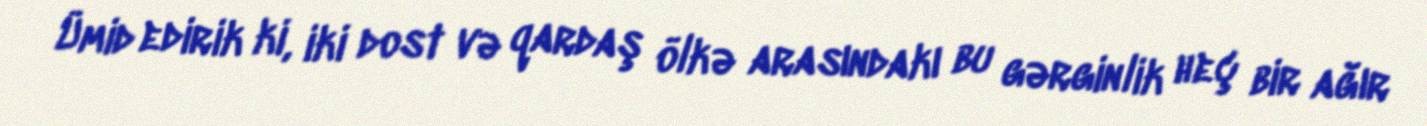
Ümid edirik ki, iki dost və qardaş ölkə arasındakı bu gərginlik heç bir ağır